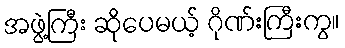
အဖွဲ့ကြီး ဆိုပေမယ့် ဂိုဏ်းကြီးကွ။